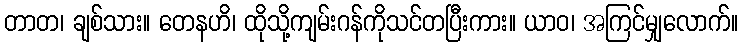
တာတ၊ ချစ်သား။ တေနဟိ၊ ထိုသို့ကျမ်းဂန်ကိုသင်တပြီးကား။ ယာဝ၊ အကြင်မျှလောက်။